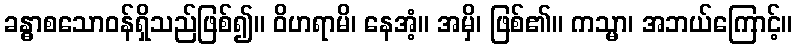
ခန္ဓာစသောဝန်ရှိသည်ဖြစ်၍။ ဝိဟရာမိ၊ နေအံ့။ အမှိ၊ ဖြစ်၏။ ကသ္မာ၊ အဘယ်ကြောင့်။